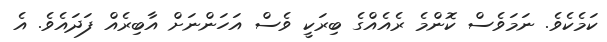
ކަމެކެވެ. ނަމަވެސް ކޮންމެ ރެއެއްގެ ބިރަކީ ވެސް އަހަންނަށް އާބިރެއް ފަދައެވެ. އެ